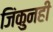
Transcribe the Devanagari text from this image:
जिंकुनही